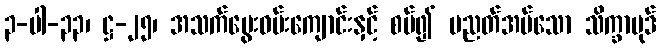
၃-ပါ-၃၃၊ ဋ္ဌ-၂၅၊ အသက်မွေးဝမ်းကျောင်းနှင့် စပ်၍ ပညတ်အပ်သော သိက္ခာပုဒ်